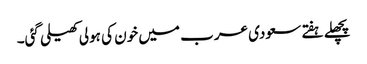
پچھلے ہفتے سعودی عرب میں خون کی ہولی کھیلی گئی۔